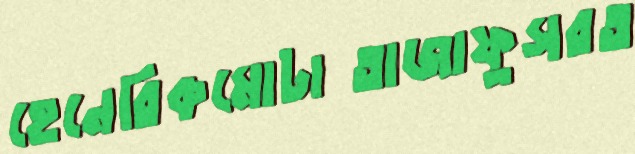
হেনেরিকমোটাতাজাফুসরত